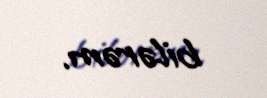
bilərəm.